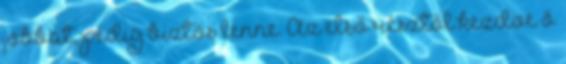
jobbat, pedig biztos lenne. Az első résztől kezdve ő